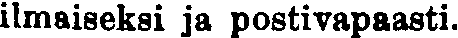
ilmaiseksi ja postivapaasti.